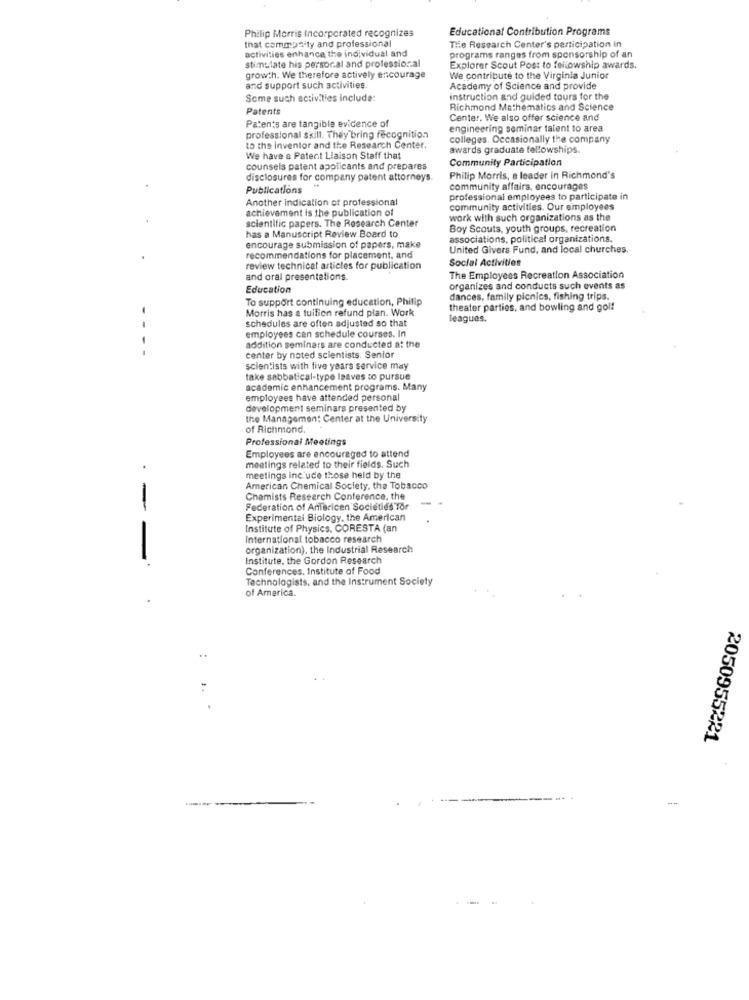
Educational Contribution Programs
Philip Morris Incorporated recognizes
that community and professional
activities enhance the individual and
Tie Research Center's participation in
stimulate his personal and professional
programs ranges from sponsorship of an
Explorer Scout Post to fellowship awards.
growth. We therefore actively encourage
We contribute to the Virginia Junior
and support such activities.
Academy of Science and provide
Some such activities include:
instruction and guided tours for the
Patents
Richmond Mathematics and Science
Patents are tangible evidence of
Center. We also offer science and
engineering seminar talent to area
professional skill. They bring recognition
colleges. Occasionally the company
to the inventor and the Research Center.
awards graduate fellowships.
We have a Patent Liaison Staff that
Community Participation
counsels patent applicants and prepares
disclosures for company patent attorneys.
Philip Morris, a leader in Richmond's
Publications
community affairs, encourages
Another indication of professional
professional employees to participate in
achievement is the publication of
community activities. Our employees
scientific papers. The Research Center
work with such organizations as the
has a Manuscript Review Board to
Boy Scouts, youth groups, recreation
associations, political organizations.
encourage submission of papers, make
United Givers Fund, and local churches.
recommendations for placement, and
Social Activities
review technical articles for publication
and oral presentations.
The Employees Recreation Association
Education
organizes and conducts such events as
To support continuing education, Philip
dances, family picnics, fishing trips.
Morris has a tuition refund plan. Work
theater parties, and bowling and gol!
schedules are often adjusted so that
leagues.
employees can schedule courses. In
- - --
addition seminars are conducted at the
center by nated scientists. Senior
scientists with five years service may
take sabbatical-type leaves to pursue
academic enhancement programs. Many
employees have attended personal
development seminars presented by
the Managemen: Center at the University
of Richmond.
Professional Meetings
Employees are encouraged to attend
meetings related to their fields. Such
meetings inc uce those held by the
American Chemical Society, the Tobacco
Chemists Research Conference, the
Federation of AnTericen Societies Tor
Experimental Biology, the American
Institute of Physics, CORESTA (an
International tobacco research
organization). the Industrial Research
Institute, the Gordon Research
-- -
Conferences, Institute of Food
Technologists, and the Instrument Society
of America.
:
1.
2050955221
---